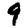
Digit: 9